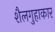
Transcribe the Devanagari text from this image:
शैलगुहाकार